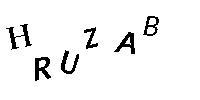
HRUZAB